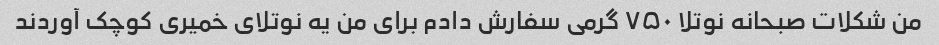
من شکلات صبحانه نوتلا ۷۵۰ گرمی سفارش دادم برای من یه نوتلای خمیری کوچک آوردند